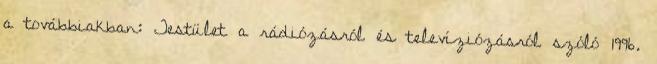
a továbbiakban: Testület a rádiózásról és televíziózásról szóló 1996.